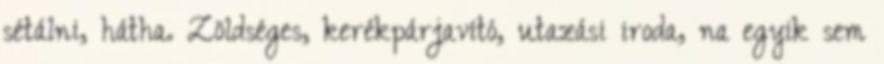
sétálni, hátha. Zöldséges, kerékpárjavító, utazási iroda, na egyik sem